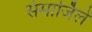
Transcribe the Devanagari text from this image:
संमार्जिले